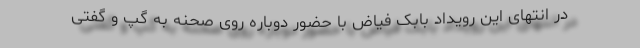
در انتهای این رویداد بابک فیاض با حضور دوباره روی صحنه به گپ و گفتی